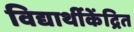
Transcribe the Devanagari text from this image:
विद्यार्थीकेंद्रित